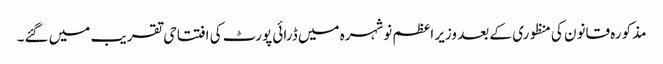
مذکورہ قانون کی منظوری کے بعد وزیر اعظم نوشہرہ میں ڈرائی پورٹ کی افتتاحی تقریب میں گئے۔